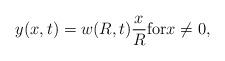
LaTeX: \begin{align*} y(x,t)=w(R,t) \frac{x}{R} \mbox{for} x\neq 0,\end{align*}